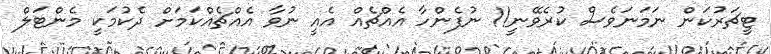
ޓީޗަރުކަން ނަމަނަވެސް ކުރެވޭނީ!! ނުފެންހާ އެއްޗެއް އެއީ ނުވާ އެއްޗެއްކަމަށް ދެކުމަކީ މެންޓަލް